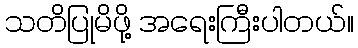
သတိပြုမိဖို့ အရေးကြီးပါတယ်။